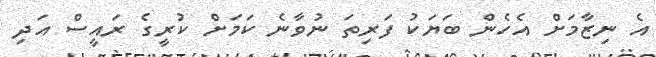
އެ ނިޒާމަށް އެހެން ބަޔަކު ފަރިތަ ނުވާނެ ކަމަށް ކުރީގެ ރައީސް އަދި